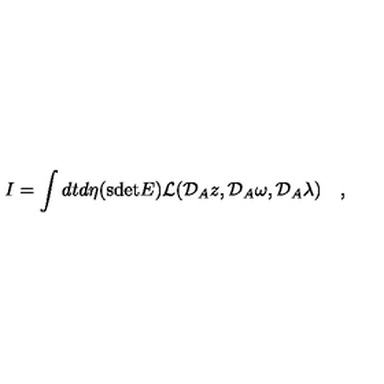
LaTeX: I = \int d t d \eta ( \mathrm { s d e t } E ) { \cal L } ( { \cal D } _ { A } z , { \cal D } _ { A } \omega , { \cal D } _ { A } \lambda ) \quad ,